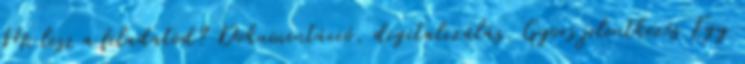
Mi lesz a feladatod? Dokumentáció, digitalizálás. Gyors jelentkezés Egy